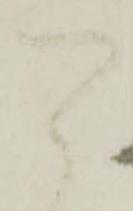
可